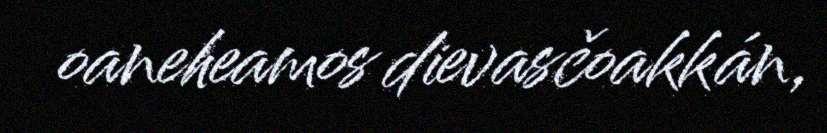
oaneheamos dievasčoakkán,